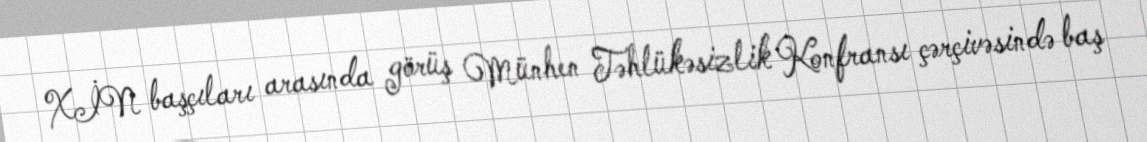
XİN başçıları arasında görüş Münhen Təhlükəsizlik Konfransı çərçivəsində baş